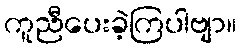
ကူညီပေးခဲ့ကြပါဗျာ။